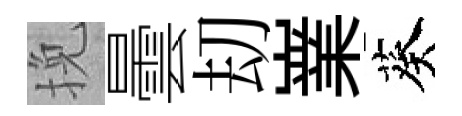
挽曇刧嶪葵